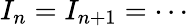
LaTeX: I_{n}=I_{n+1}=\cdots